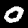
Digit: 0